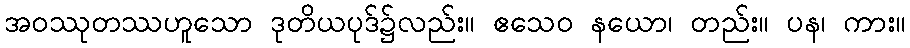
အဝဿုတဿဟူသော ဒုတိယပုဒ်၌လည်း။ ဧသေဝ နယော၊ တည်း။ ပန၊ ကား။